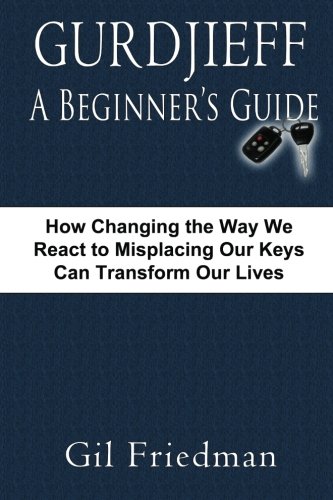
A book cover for Gurdjieff, A Beginner's Guide: How Changing The Way We React To Misplacing Our Keys Can Transform Our Lives; Gil Friedman; Politics & Social Sciences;